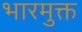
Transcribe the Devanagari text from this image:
भारमुक्त